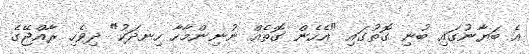
އެ ބަޔާނުގައި ބުނި ގޮތުގައި "އެހެން ގޮތެއް ނުނިންމާހާ ހިނދަކު" ދިވެހި ރާއްޖޭގެ